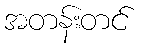
အတန်းတင်